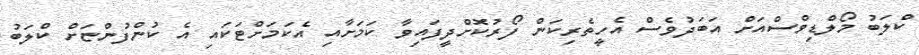
ކްލަބު މޯލްޑިވްސްއަށް އަބަދުވެސް އެހީތެރިކަން ފޯރުކޮށްދީފައިވާ ކަމަށާއި އެކަމަށްޓަކައި އެ ކުންފުންޏަށް ކްލަބު